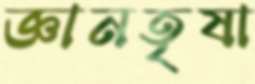
জ্ঞানতৃষা